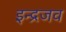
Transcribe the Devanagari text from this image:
इन्द्रजव